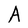
Character: A